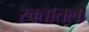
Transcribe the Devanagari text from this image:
रक्तातला